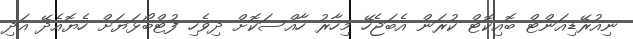
ނިއުރޭޑިއަންޓް ބޮއިކޮޓް ކުރަން އެބަޖެހޭ މިހާރު ހާއްސަކޮށް ދިވެހި ފުޓްބޯޅަޔަށް ހެޔޮއެދޭ އަދި